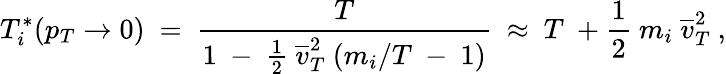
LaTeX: T_{i}^{*}(p_{T}\rightarrow 0)~=~\frac{T}{1~-~\frac{1}{2}~\overline{{{v}}}_{T}^{2}~(m_{i}/T~-~1)}~\approx~T~+\frac{1}{2}~m_{i}~\overline{{{v}}}_{T}^{2}~,